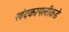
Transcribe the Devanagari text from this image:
खंदकापलीकडे